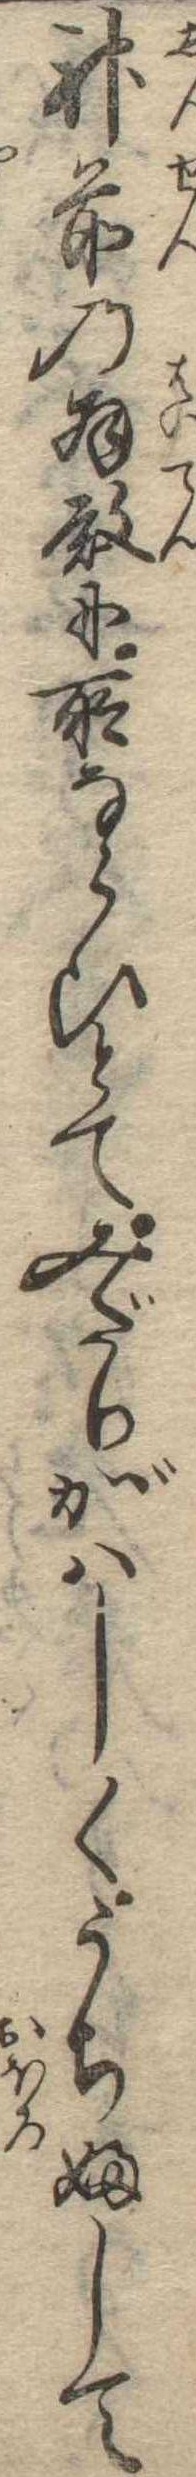
神前の拝殿に所ならひとてみだりがはしくうちふして